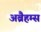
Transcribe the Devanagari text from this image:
अब्रैहम्स